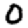
Digit: 0